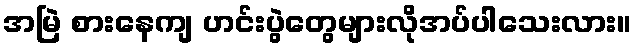
အမြဲ စားနေကျ ဟင်းပွဲတွေများလိုအပ်ပါသေးလား။